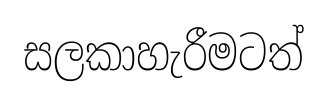
සලකාහැරීමටත්